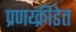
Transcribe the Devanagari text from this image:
प्रणय्क्रीडेत